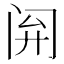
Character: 𫔰